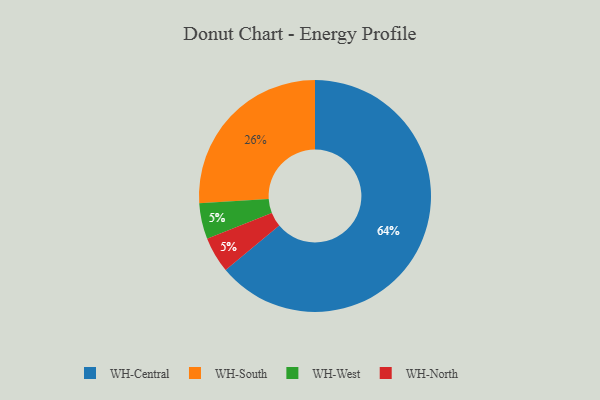
{"axis": {"x": "Category", "y": "Percentage"}, "legend": ["WH-Central", "WH-North", "WH-South", "WH-West"], "data": [{"x": "WH-South", "y": 26, "type": "WH-South"}, {"x": "WH-West", "y": 5, "type": "WH-West"}, {"x": "WH-North", "y": 5, "type": "WH-North"}, {"x": "WH-Central", "y": 64, "type": "WH-Central"}]}